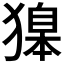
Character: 𬍂